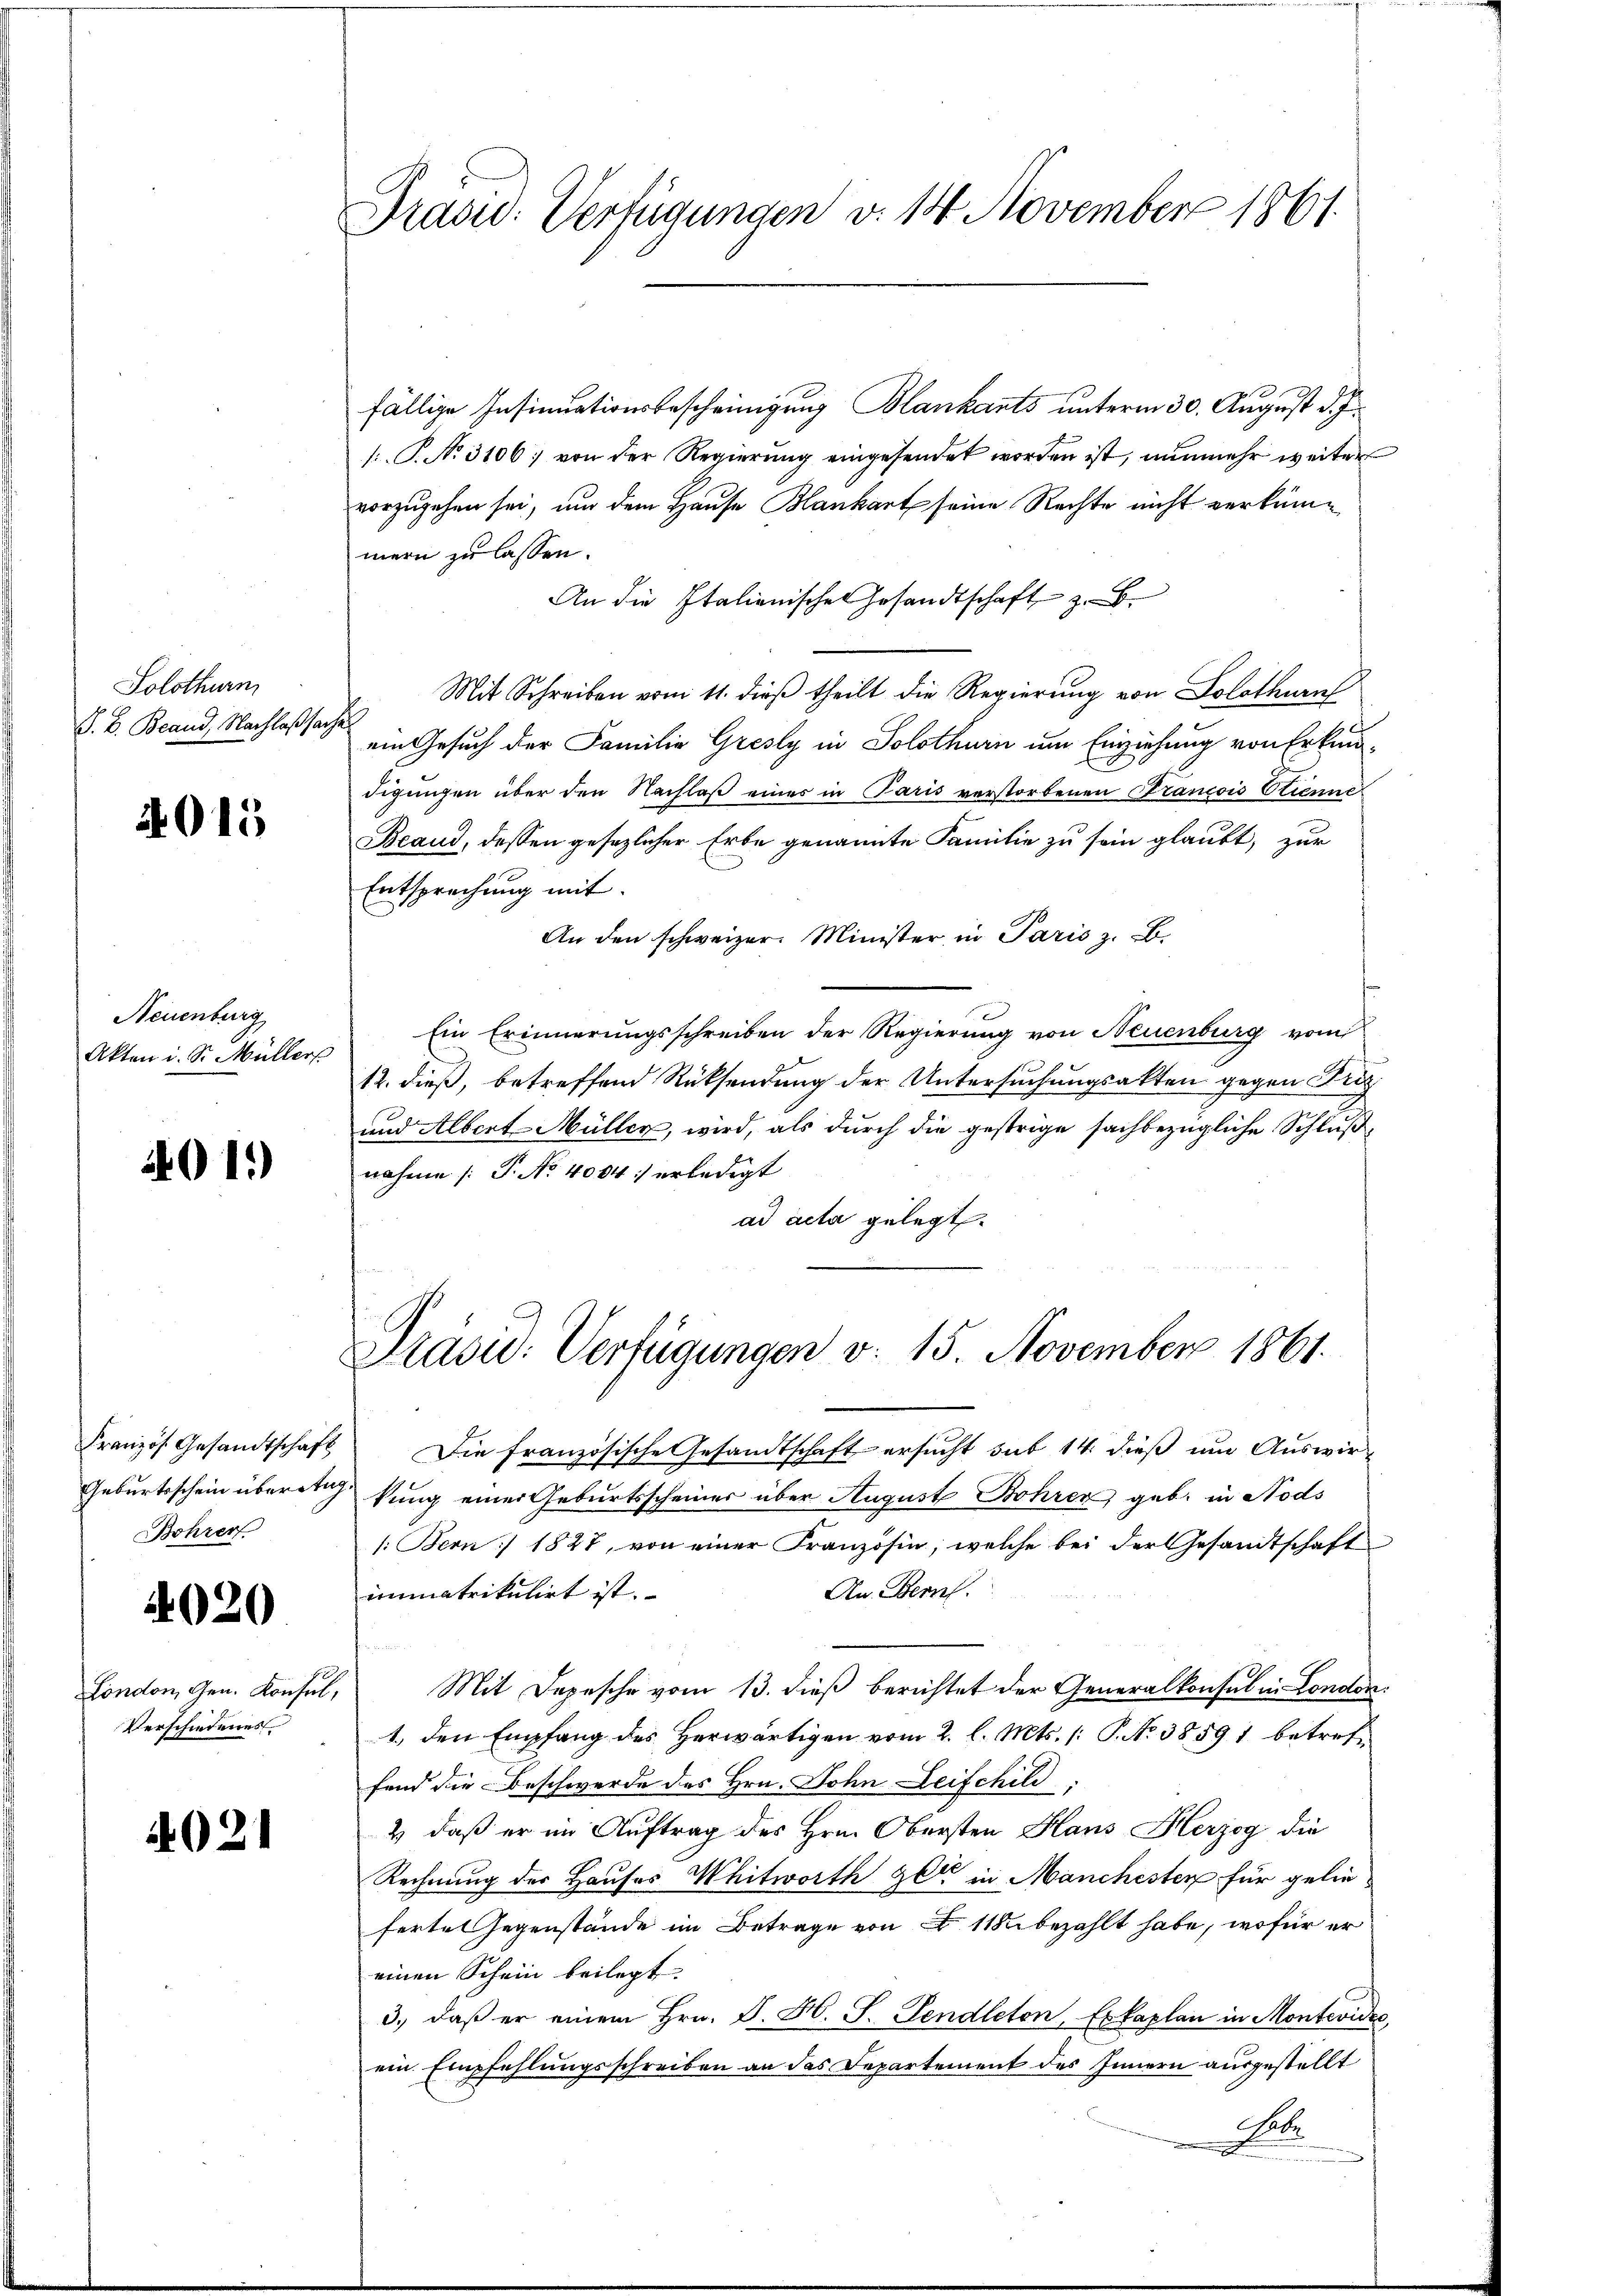
Solothurn
S. B. Brand, Nachlaßsache

4015

Neuenburg
Akten i. Sr. Müllers

4011)

Bohrer

020

London, Gen. Konsul,
Verschiedenes

4021

Prasid: Verfügungen v. 14 November 1861.

fällige Insinuationsbescheinigung Blankants unterm 30. August d. J.
[.P. No. 3106; von der Regierung eingesendet worden ist, nunmehr weiter
vorzugehen sei, und dem Hause Blankart seine Rechte nicht verkümmern zu lassen.
An die Italienischen Gesandtschaft z. B.
Mit Schreiben vom 11. dieß theilt die Regierung von Solothurn
ein Gesuch der Familie Gresly in Solothurn um Einziehung von Erkundigungen über den Nachlaß eines in Paris verstorbenen Strancois Stienne
Beaud, dessen gesezlicher Erbe genannte Familie zu sein glaubt, zur
Entsprechung mit
An den schweizer. Minister in Paris z. B.
Ein Erinnerungsschreiben der Regierung von Neuenburg vom
12. dieß, betreffend Rücksendung der Untersuchungsakten gegen Fug
und Albert-Müller, wird, als durch die gestrige sachbezügliche Schlußnahme /: P. No 4004: erledigt
ad acta gelegt.

Präsid. Verfügungen v. 15. November 1861.

Französ. Gesandtschaft Die französische Gesandtschaft ersucht sub 14. dieß um Auswir-
Geburtsschein übereitung einer Geburtsscheiner über August Bohrer geb. in Nods
/:Bern / 1827, von einer Französin, welche bei der Gesandtschaft
Au. Bern.
immatrikulirt ist.
Mit Depesche vom 13. dieß berichtet der Generalkonsul in London.
1. den Empfang des Herwärtigen vom 2. l. Mts. /: P. Nr. 38591 betreffend die Beschwerde des Hrn. Sohn Leifchild
2) daß er im Auftrag des Hrn. Obersten Haus Herzog die
Rechnung der Hauses Whitworth ger in Manchesten für gelie-
ferte Gegenstände im Betrage von 18 bezahlt habe, wofür er
einen Schein beilegt.
3., daß er einem Hrn. J. H. S. Pendleton, Exkaplan in Montevidee,
ein Empfehlungsschreiben an das Departement des Innern ausgestellt
Nebe
.